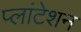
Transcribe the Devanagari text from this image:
प्लांटेशन